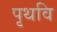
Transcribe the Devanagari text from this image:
पृथवि